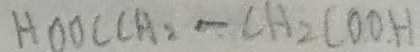
H O O C C A _ { 2 } - C H _ { 2 } C O O H